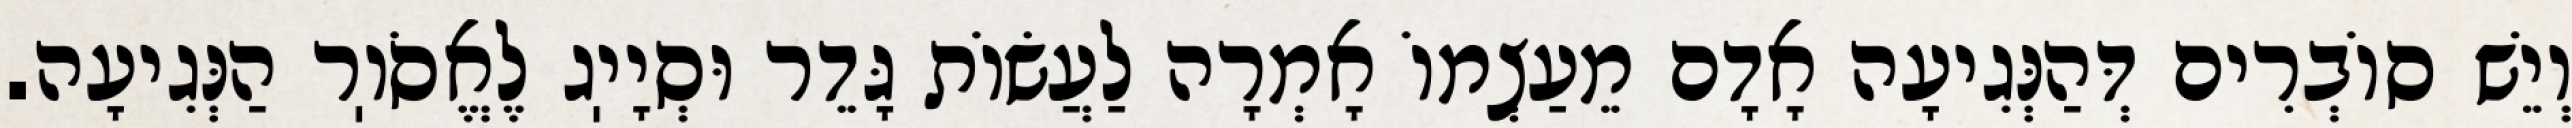
וְיֵשׁ סוֹבְרִים דְּהַנְּגִיעָה אָדָם מֵעַצְמוֹ אָמְרָה לַעֲשׂוֹת גָּדֵר וּסְיָיֽג לֶאֱסֹוֽר הַנְּגִיעָה.